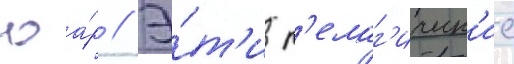
юа́р // Э́т'и п'елаг'ическ'ие